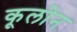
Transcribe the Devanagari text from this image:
कूलोन